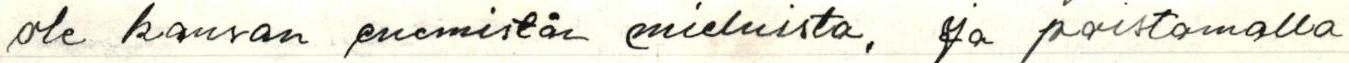
ole kansan enemistön mieluista, ja poistamalla